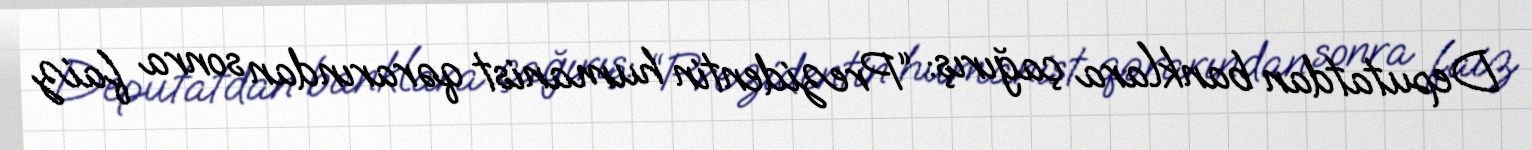
Deputatdan banklara çağırış: “Prezidentin humanist qərarından sonra faiz